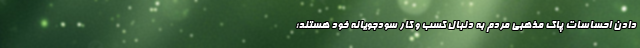
دادن احساسات پاک مذهبی مردم به دنبال کسب و کار سودجویانه خود هستند؛